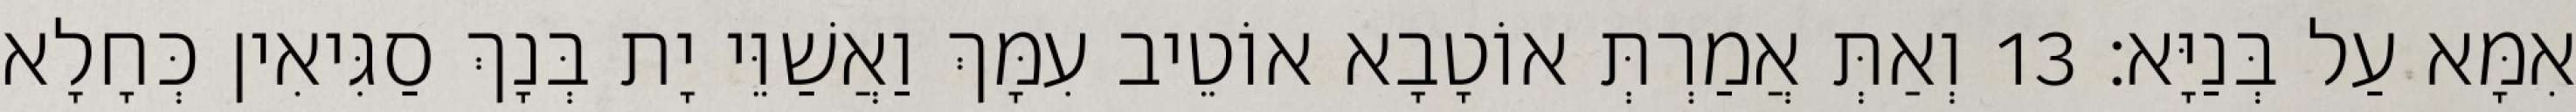
אִמָּא עַל בְּנַיָּא׃ 13 וְאַתְּ אֲמַרְתְּ אוֹטָבָא אוֹטֵיב עִמָּךְ וַאֲשַׁוֵּי יָת בְּנָךְ סַגִּיאִין כְּחָלָא